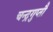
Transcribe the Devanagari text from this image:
चन्द्रगुप्तौ